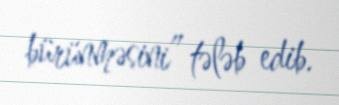
bürünməsini” tələb edib.